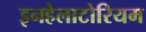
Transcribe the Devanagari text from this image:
इनहेलाटोरियम